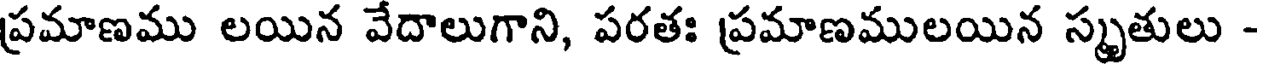
ప్రమాణము లయిన వేదాలుగాని, పరతః ప్రమాణములయిన స్మృతులు -